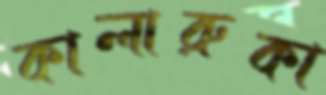
কালারুকা